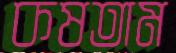
কষতাম